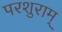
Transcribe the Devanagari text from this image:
परशुराम्